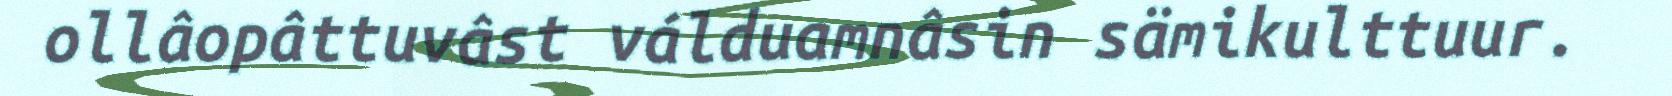
ollâopâttuvâst válduamnâsin sämikulttuur.